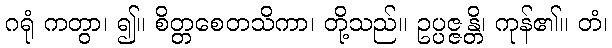
ဂရုံ ကတွာ၊ ၍။ စိတ္တစေတသိကာ၊ တို့သည်။ ဥပ္ပဇ္ဇန္တိ၊ ကုန်၏။ တံ၊